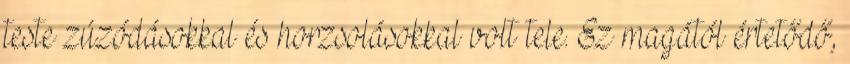
teste zúzódásokkal és horzsolásokkal volt tele. Ez magától értetődő,